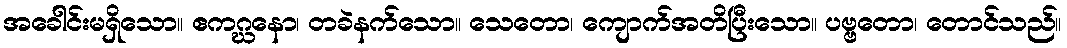
အခေါင်းမရှိသော။ ဧကဂ္ဃနော၊ တခဲနက်သော။ သေတော၊ ကျောက်အတိပြီးသော။ ပဗ္ဗတော၊ တောင်သည်။